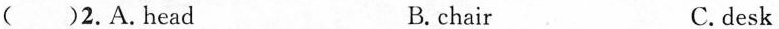
( )2.A.Head B.chair C.desk